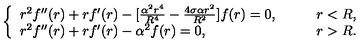
\left\{ \begin{array} { l l } { r ^ { 2 } f ^ { \prime \prime } ( r ) + r f ^ { \prime } ( r ) - [ \frac { \alpha ^ { 2 } r ^ { 4 } } { R ^ { 4 } } - \frac { 4 \sigma \alpha r ^ { 2 } } { R ^ { 2 } } ] f ( r ) = 0 , } & { \qquad r < R , } \\ { r ^ { 2 } f ^ { \prime \prime } ( r ) + r f ^ { \prime } ( r ) - \alpha ^ { 2 } f ( r ) = 0 , } & { \qquad r > R . } \\ \end{array} \right.